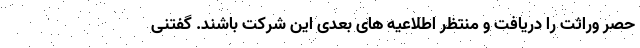
حصر وراثت را دریافت و منتظر اطلاعیه های بعدی این شرکت باشند. گفتنی